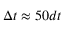
\Delta t \approx 5 0 d t